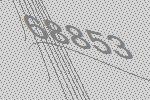
68853